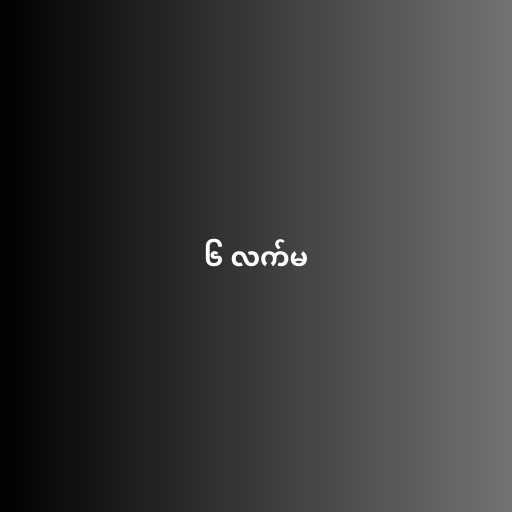
၆ လက်မ